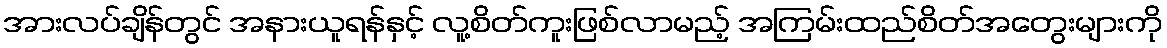
အားလပ်ချိန်တွင် အနားယူရန်နှင့် လူ့စိတ်ကူးဖြစ်လာမည့် အကြမ်းထည်စိတ်အတွေးများကို